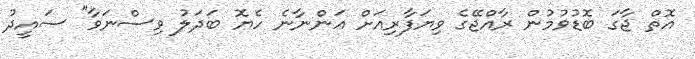
އޮތް ޖާގަ ބޮޑުވުމުން ރާއްޖޭގެ ވިޔަފާރިއަށް އަންނާނެ ހެޔޮ ބަދަލު ވިސްނަވާ" ސައީދު